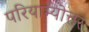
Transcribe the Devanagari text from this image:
परियाम्योत्तर